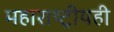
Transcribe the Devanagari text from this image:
महाराष्ट्रीयही